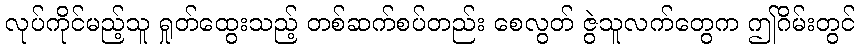
လုပ်ကိုင်မည့်သူ ရှုတ်ထွေးသည့် တစ်ဆက်စပ်တည်း စေလွတ် ဇွဲသူလက်တွေက ဤဂိမ်းတွင်